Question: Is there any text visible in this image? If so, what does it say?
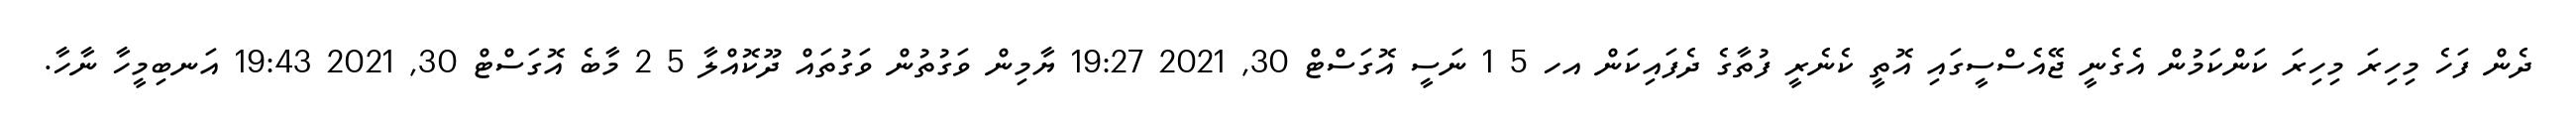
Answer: ދެން ފަހެ މިހިރަ މިހިރަ ކަންކަމުން އެގެނީ ޖޭއެސްސީގައި އޮތީ ކެނެރީ ފުތާގެ ދެފައިކަން އހ 5 1 ނަސީ އޮގަސްޓް 30, 2021 19:27 ޔާމިން ވަގުތުން ވަގުތައް ދޫކޮއްލާ 5 2 މާބެ އޮގަސްޓް 30, 2021 19:43 އަނބިމީހާ ނާހާ.